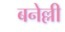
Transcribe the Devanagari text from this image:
बनेल्ली